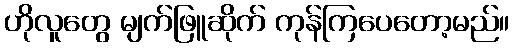
ဟိုလူတွေ မျက်ဖြူဆိုက် ကုန်ကြပေတော့မည်။